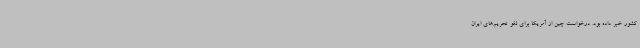
کشور خبر داده بود. درخواست چین از آمریکا برای لغو تحریم‌های ایران